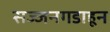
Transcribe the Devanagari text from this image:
सज्जनगडाहून